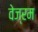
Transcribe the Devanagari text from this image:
वेज्रम